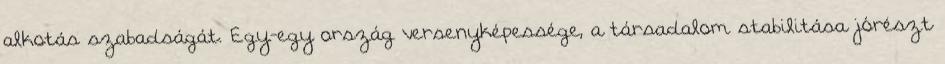
alkotás szabadságát. Egy-egy ország versenyképessége, a társadalom stabilitása jórészt